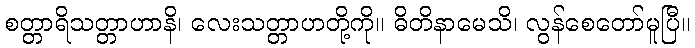
စတ္တာရိသတ္တာဟာနိ၊ လေးသတ္တာဟတို့ကို။ ဓိတိနာမေသိ၊ လွန်စေတော်မူပြီ။